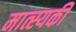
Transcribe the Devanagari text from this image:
मात्स्यकी